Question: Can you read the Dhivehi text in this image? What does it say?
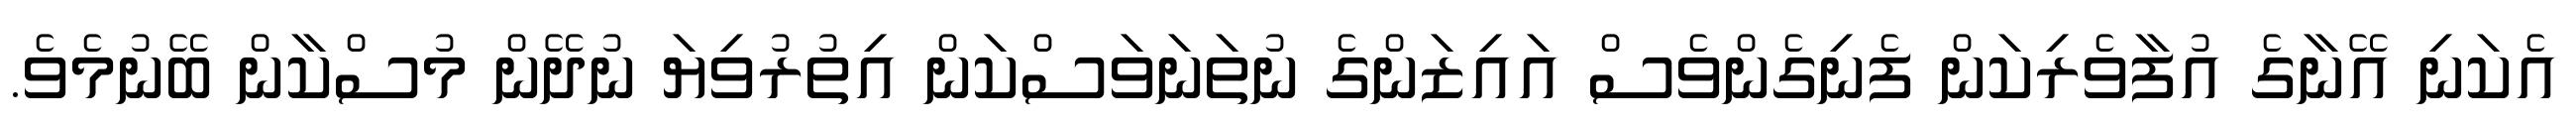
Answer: އެކަނި އޭނާގެ އުފާވެރިކަން ފެނިގެންވެސް އައިޒަންގެ ނުތަނަވަސްކަން އިތުރުވިޔަ ނުދޭން މުސްކާން ބޭނުމެވެ.